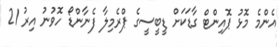
އެންމެ މޮޅު ޕޮއިންޓް ގާޑަކަށް ޑީބީސީގެ ޕްރެމިލާ ފެނާންޑޯ ހޮވުނު އިރު 21